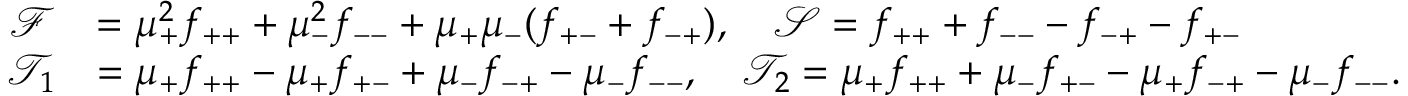
\begin{array} { r l } { \mathcal { F } } & { = \mu _ { + } ^ { 2 } f _ { + + } + \mu _ { - } ^ { 2 } f _ { -- } + \mu _ { + } \mu _ { - } ( f _ { + - } + f _ { - + } ) , \quad \mathcal { S } = f _ { + + } + f _ { -- } - f _ { - + } - f _ { + - } } \\ { \mathcal { T } _ { 1 } } & { = \mu _ { + } f _ { + + } - \mu _ { + } f _ { + - } + \mu _ { - } f _ { - + } - \mu _ { - } f _ { -- } , \quad \mathcal { T } _ { 2 } = \mu _ { + } f _ { + + } + \mu _ { - } f _ { + - } - \mu _ { + } f _ { - + } - \mu _ { - } f _ { -- } . } \end{array}